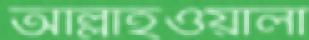
আল্লাহওয়ালা